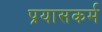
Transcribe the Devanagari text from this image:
प्रयासकर्म